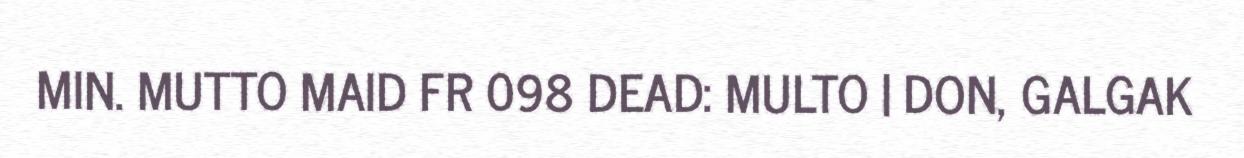
MIN. MUTTO MAID FR 098 DEAD: MULTO | DON, GALGAK